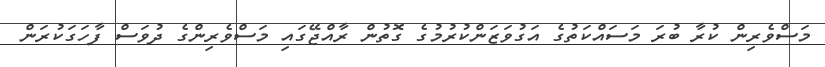
މަސްވެރިން ކުރާ ބުރަ މަސައްކަތުގެ އަގުވަޒަންކުރުމުގެ ގޮތުން ރާއްޖޭގައި މަސްވެރިންގެ ދުވަސް ފާހަގަކުރަން